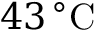
4 3 \, ^ { \circ } \mathrm { C }